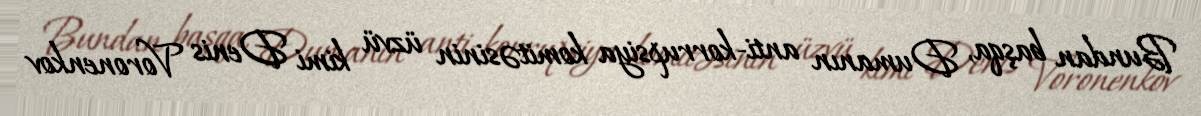
Bundan başqa, Dumanın anti-korrupsiya komitəsinin üzvü kimi Denis Voronenkov